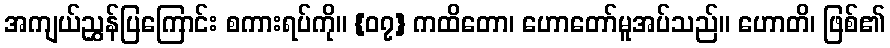
အကျယ်ညွှန်ပြကြောင်း စကားရပ်ကို။ {၀၇} ကထိတော၊ ဟောတော်မူအပ်သည်။ ဟောတိ၊ ဖြစ်၏